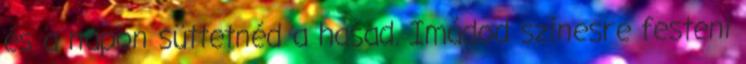
és a napon süttetnéd a hasad. Imádod színesre festeni